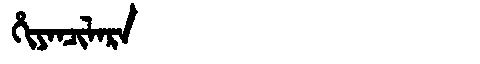
Manchu: ᡥᡳᠶᠠᠨᠴᡳᠯᠠᡵᠠ
Romanization: HIYANCILARA